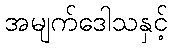
အမျက်ဒေါသနှင့်